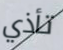
تأذي